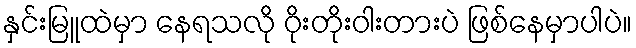
နှင်းမြူထဲမှာ နေရသလို ဝိုးတိုးဝါးတားပဲ ဖြစ်နေမှာပါပဲ။